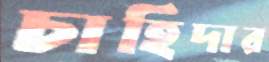
চাহিদার